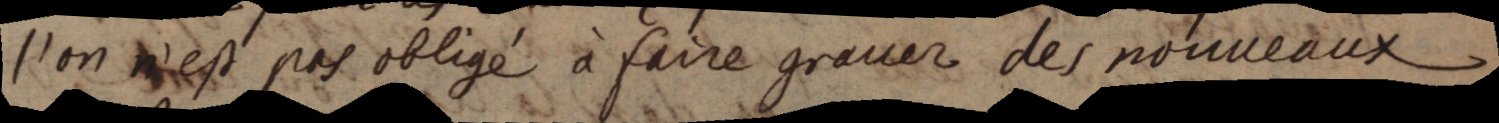
l’on n’est pas obligé à faire graver des nouveaux